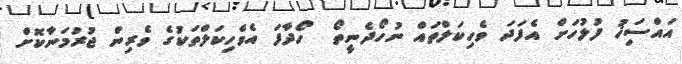
އައްސަިޚު ފުލުހަށް އެފަދަ ވެހިކަލްތައް ނުހޯދެނީތޯ  ހޯދާފަ އެވެހިކަލްތަކުގެ ވެރިން ޖުރުމަނާކޮށް